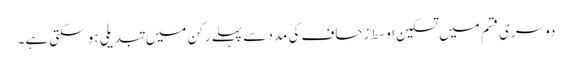
دوسری قسم میں تسکین اوسط زحاف کی مدد سے پہلے رکن میں تبدیلی ہو سکتی ہے۔